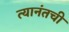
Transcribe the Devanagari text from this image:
त्यानंतची